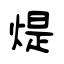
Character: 煶